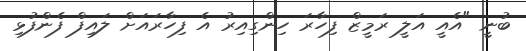
ބުނީ "އެއީ އަލީ ރަމީޒް ފިހާރަ ހިންގިއިރު އެ ފިހާރައަށް ލައިފް ފެންފުޅި